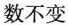
数不变